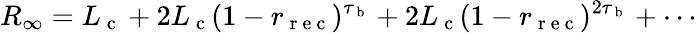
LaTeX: R_{\infty}=L_{\mathrm{~c~}}+2L_{\mathrm{~c~}}(1-r_{\mathrm{~r~e~c~}})^{\tau_{\mathrm{~b~}}}+2L_{\mathrm{~c~}}(1-r_{\mathrm{~r~e~c~}})^{2\tau_{\mathrm{~b~}}}+\cdots